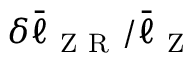
\delta \bar { \ell } _ { \mathrm { ~ Z ~ R ~ } } / \bar { \ell } _ { \mathrm { ~ Z ~ } }